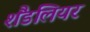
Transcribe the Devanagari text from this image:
शैंडलियर